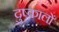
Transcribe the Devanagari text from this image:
दुष्कालों